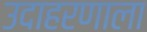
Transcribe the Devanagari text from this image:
उदाहरणाला